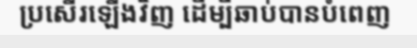
ប្រសើរឡើងវិញ ដើម្បីឆាប់បានបំពេញ